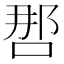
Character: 𰇯